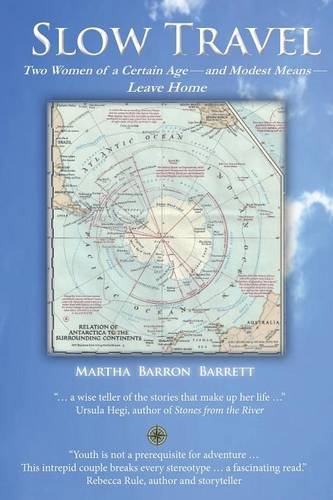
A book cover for Slow Travel: Two Women of a Certain Age, and Modest Means, Leave Home; Martha Barron Barrett; Travel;